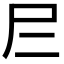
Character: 𡰥